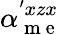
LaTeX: \alpha_{\mathrm{~m~e~}}^{'xzx}